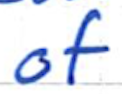
Text: of
Cross-out: clean
Writing tool: ballpoint